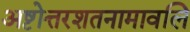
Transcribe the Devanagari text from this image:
अष्टोत्तरशतनामावलि